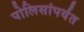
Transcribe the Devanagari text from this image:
पोलिसांपर्यंत